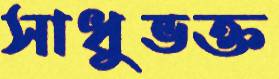
সাধুভক্ত